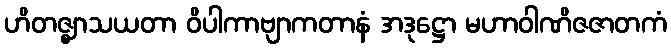
ဟိတဇ္ဈာသယတာ ဝိပါကာဗျာကတာနံ အဒုဋ္ဌော မဟာဝါဏိဇဇာတကံ